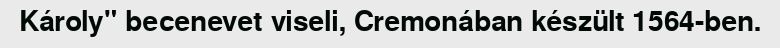
Károly" becenevet viseli, Cremonában készült 1564-ben.